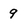
Character: 9